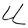
Character: U